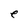
Character: e